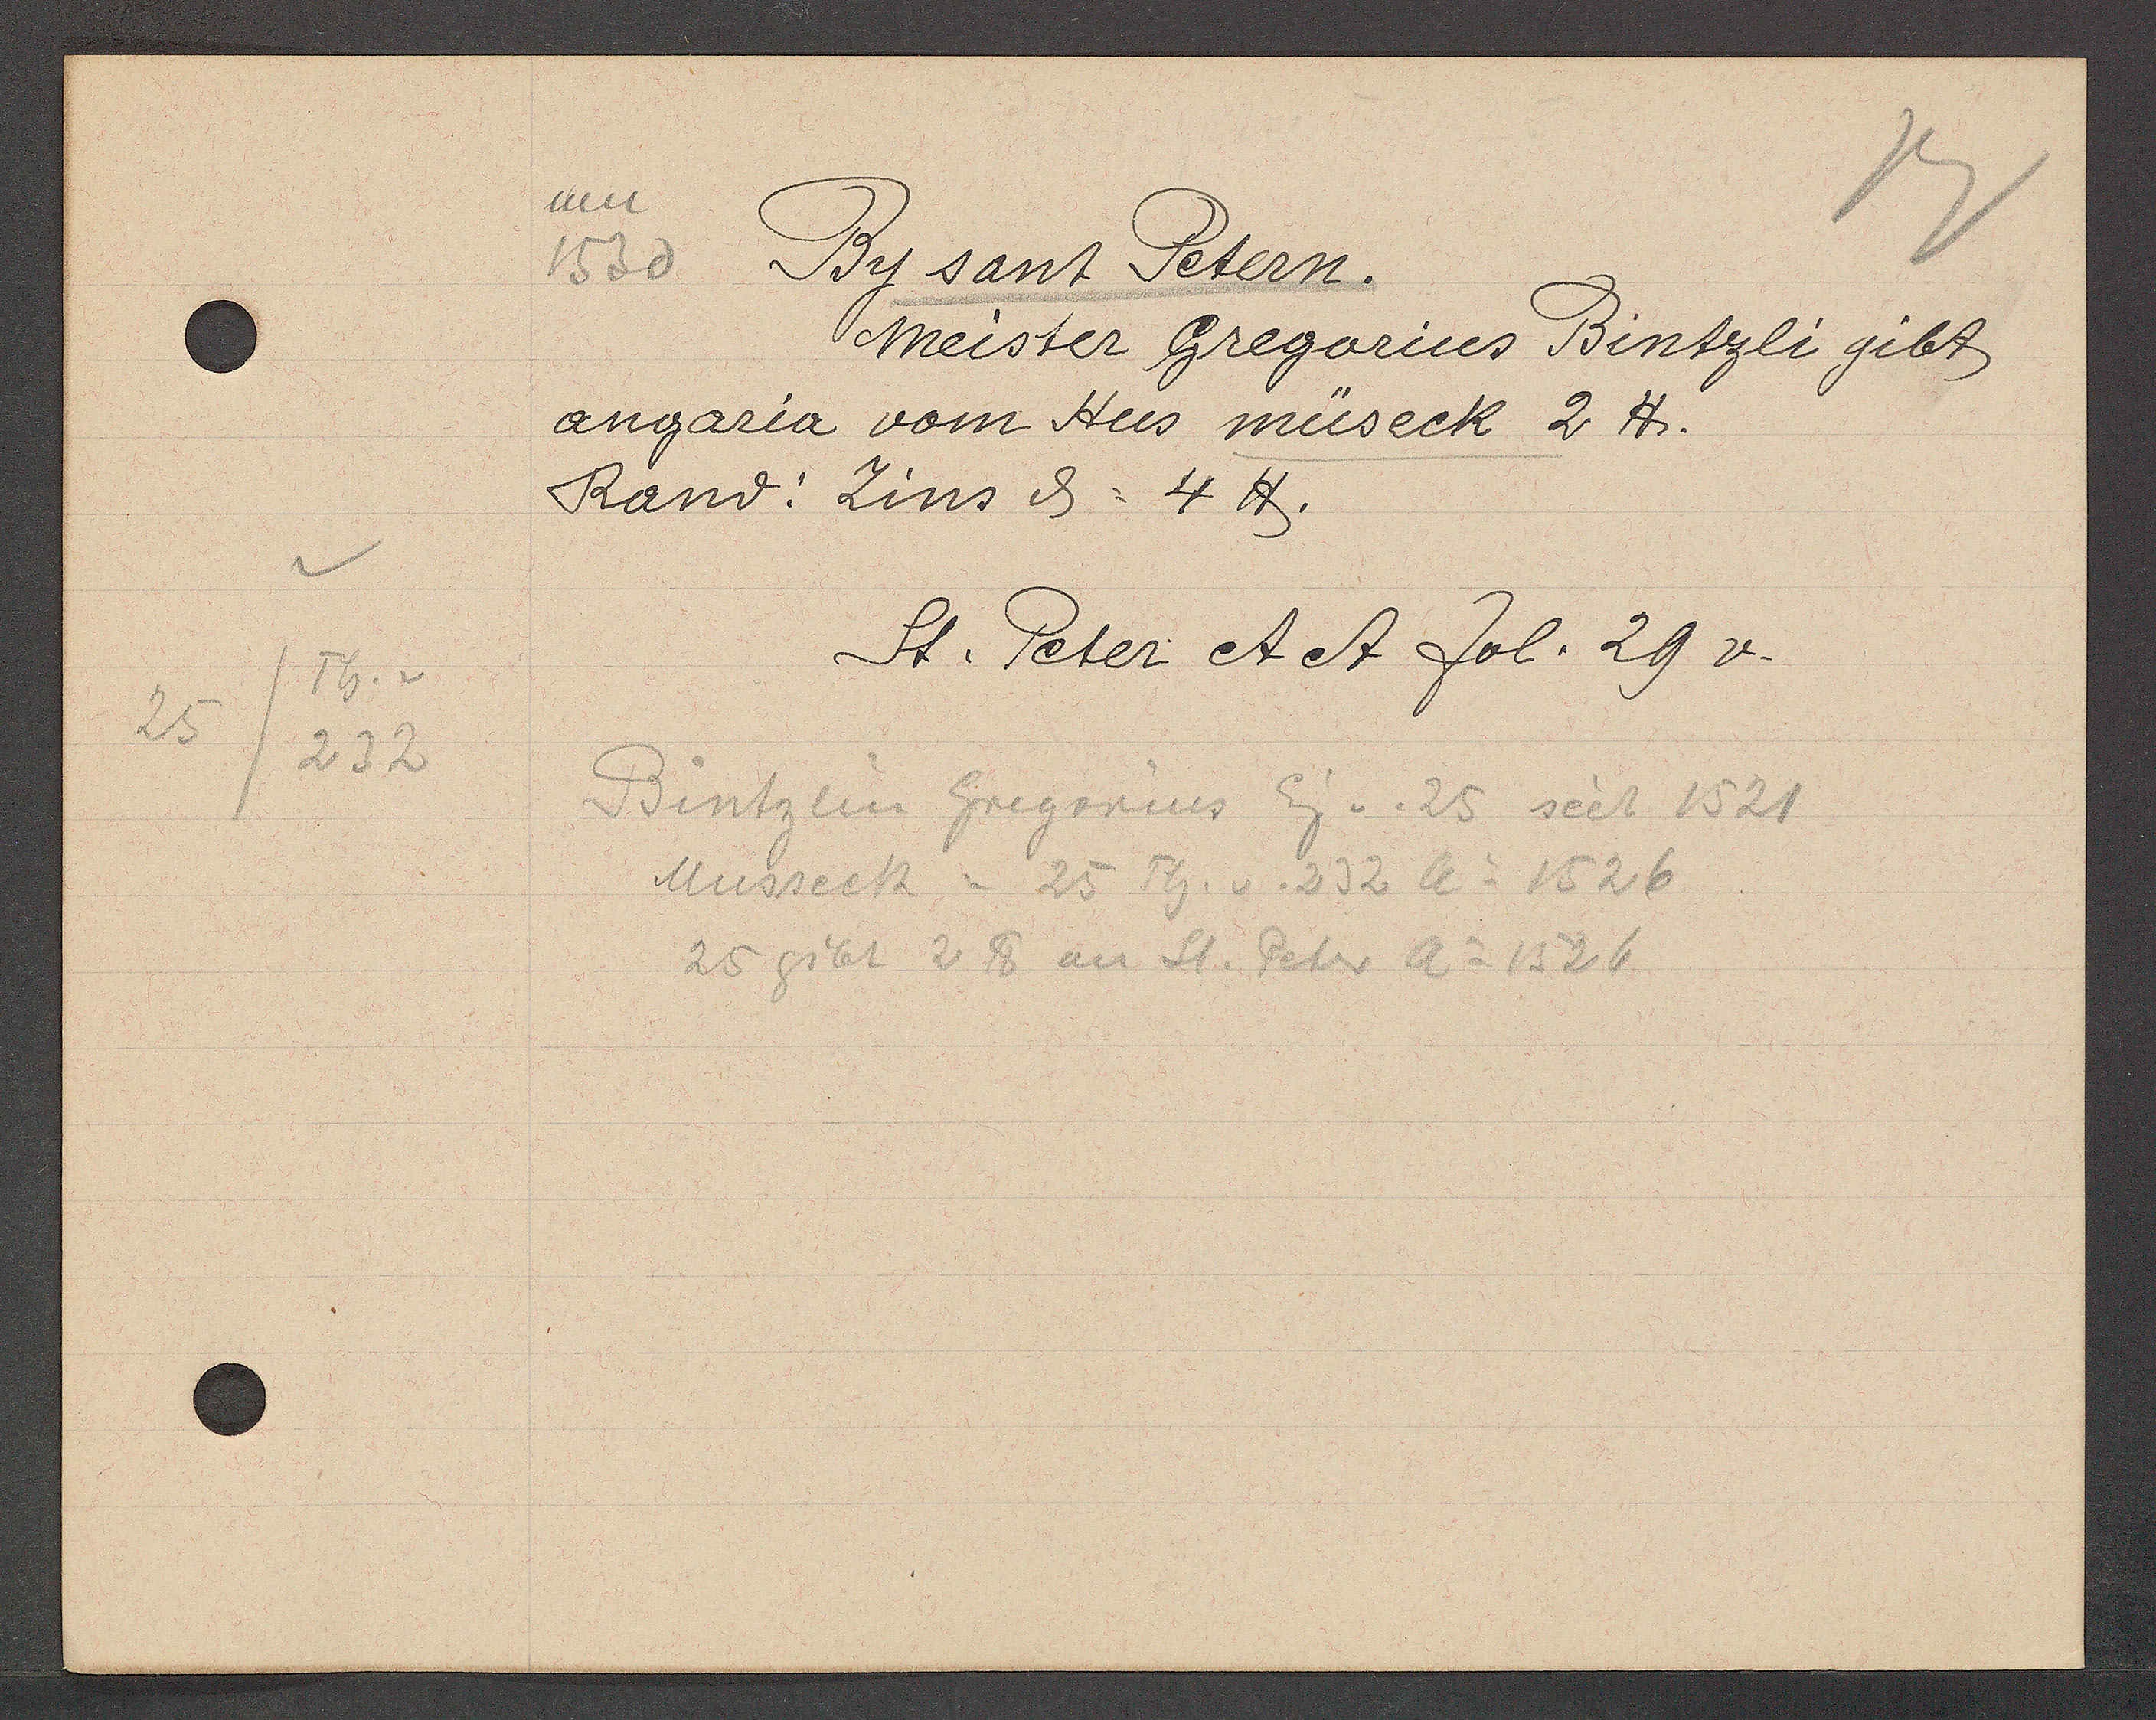
Transcript:
Th.v.
25
232

Um
1530 Bysant Petern.

Meister Gregarius Bintzli gibt
angaria vom Hus müseck 2 ℔.
Rand: Zins ȡ= 4 ℔.

St. Peter et et fol. 29 v.

Bintzlin Gregorius Eig v. 25 seit 1521
Müsseck = 25 Th. v. 232 Ao 1526
25 gibt 2℔ an St. Peter Ao 1526